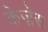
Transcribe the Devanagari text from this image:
केज़ेस